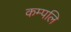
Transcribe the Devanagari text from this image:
कम्पलि